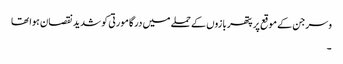
وسرجن کے موقع پر پتھر بازوں کے حملے میں درگا مورتی کو شدید نقصان ہوا تھا
۔